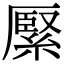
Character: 𦃢